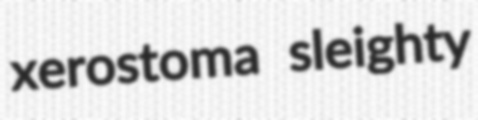
xerostoma sleighty